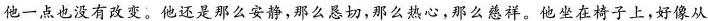
他一点也没有改变。他还是那么安静，那么恳切，那么热心，那么慈祥，他坐在椅子上，好像从